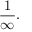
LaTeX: { \frac { 1 } { \infty } } .